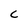
Character: C